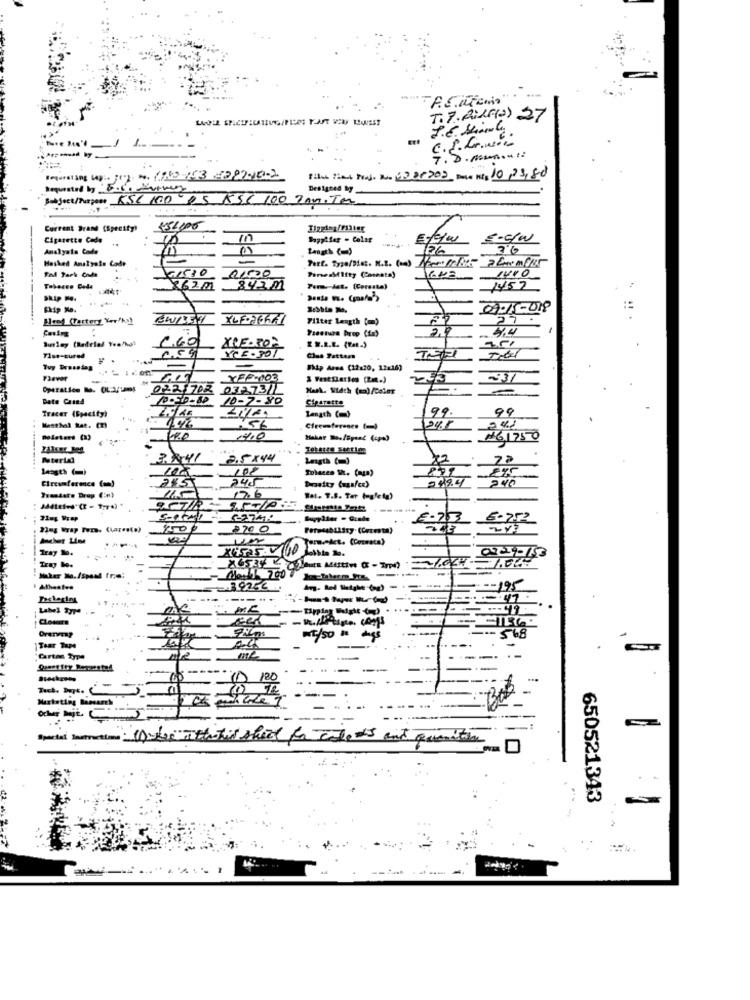
T. 7. AUG(O) 27
C. P. C.N.L
7. 8. ma ....:
Regerarang Up :. 702. 5. 1960 -153 2282-10-2
File Time Forj. 200 1336302 Date Nt. 10/23/88
Sal ject/Turpass KSC 100 05 RSS 100 Ton. Tea
Current Brand (Specify)
Cigarette Cade
Sappifer - Colar
5-c/w
Analyals Code
M
126
Hetked Amalyolu Cade
1410
Fol Park Code
1530 21000
₹62.21
₹62M _842.M
Pem .- det. [Cerssta)
1457
Ekip Me.
07-11-019
Head (Tartery Ver'ky)
XLF-26671
Filter Length [=)
4.4
Duley (Radriel Yea/hol
1.60
Tise-cured
. .
Clue Fattar
Tuy Presstes
Ship Area (12:20, 12x16)
YEF-103
0221702 03273/1
-.
Date Cased
10-510-80
10-7-XD
Siparatta
Tracer (Specify)
99.
99
Length (=)
Masthal Rat. (2)
Clreference (-)
Dodaters (1)
100
14.0
161750
Material
X2
length (=)
100
871
245
249.4
Circumfermes (=)
285
Twandate Drop (in)
17.6
Wat. T.S. Tar taletg)
£.73
un
Tray 1.
Tray bo.
3925€
--- 195
---
--
Closure
Tear Tape
A-C
Cartas type
Tech. Dept.
Mariating Bansare
Other mie. C
Special Justruntime:1)we athe til sheet for celets and quandtion
650521343
.....